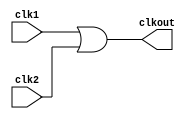
// SPDX-License-Identifier: Apache-2.0
// Copyright (C) 2022 HCL Technologies Ltd.
// Copyright (C) 2022 Blue Cheetah Analog Design, Inc.

module clk_or2_cel(
output clkout, // OR output
input  clk1, // clock 1
input  clk2  // clock 2
);

assign clkout = clk1 | clk2;

endmodule // clk_or2_cel